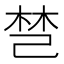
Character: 𰏐